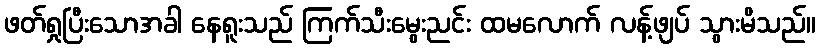
ဖတ်ရှုပြီးသောအခါ နေရူးသည် ကြက်သီးမွေးညင်း ထမလောက် လန့်ဖျပ် သွားမိသည်။